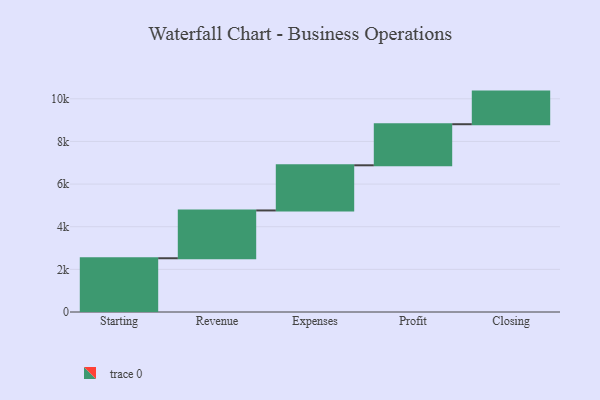
{"axis": {"x": "Step", "y": "Value"}, "legend": [""], "data": [{"x": "Starting", "y": 2521.0, "type": ""}, {"x": "Revenue", "y": 2242.0, "type": ""}, {"x": "Expenses", "y": 2118.0, "type": ""}, {"x": "Profit", "y": 1926.0, "type": ""}, {"x": "Closing", "y": 1530.0, "type": ""}]}